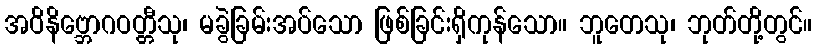
အဝိနိဗ္ဘောဂဝတ္တီသု၊ မခွဲခြမ်းအပ်သော ဖြစ်ခြင်းရှိကုန်သော။ ဘူတေသု၊ ဘုတ်တို့တွင်။